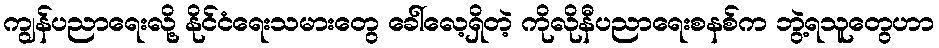
ကျွန်ပညာရေးလို့ နိုင်ငံရေးသမားတွေ ခေါ်လေ့ရှိတဲ့ ကိုလိုနီပညာရေးစနစ်က ဘွဲ့ရသူတွေဟာ